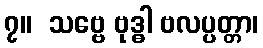
၇။  သဗ္ဗေ ဗုဒ္ဓါ ဗလပ္ပတ္တာ၊